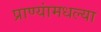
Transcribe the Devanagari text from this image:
प्राण्यांमधल्या